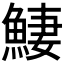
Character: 𩸸